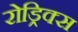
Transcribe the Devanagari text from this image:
रोड्रिक्स